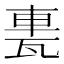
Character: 𨋐